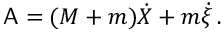
\mathsf { A } = ( M + m ) \dot { X } + m \dot { \xi } \, .